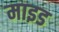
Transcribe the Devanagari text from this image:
माइड